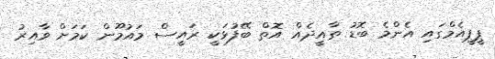
ޕީޕީއެމްގައި އެންމެ ބޮޑު ތާއީދެއް އޮތް ބޭފުޅަކީ ރައީސް މައުމޫން ކަމަށް ވާއިރު